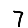
Digit: 7